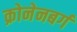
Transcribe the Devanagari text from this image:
क्रोनेनबर्ग